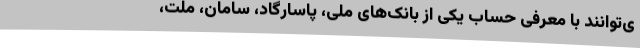
ی‌توانند با معرفی حساب یکی از بانک‌های ملی، پاسارگاد، سامان، ملت،